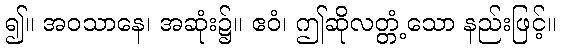
၍။ အဝသာနေ၊ အဆုံး၌။ ဧဝံ၊ ဤဆိုလတ္တံ့သော နည်းဖြင့်။